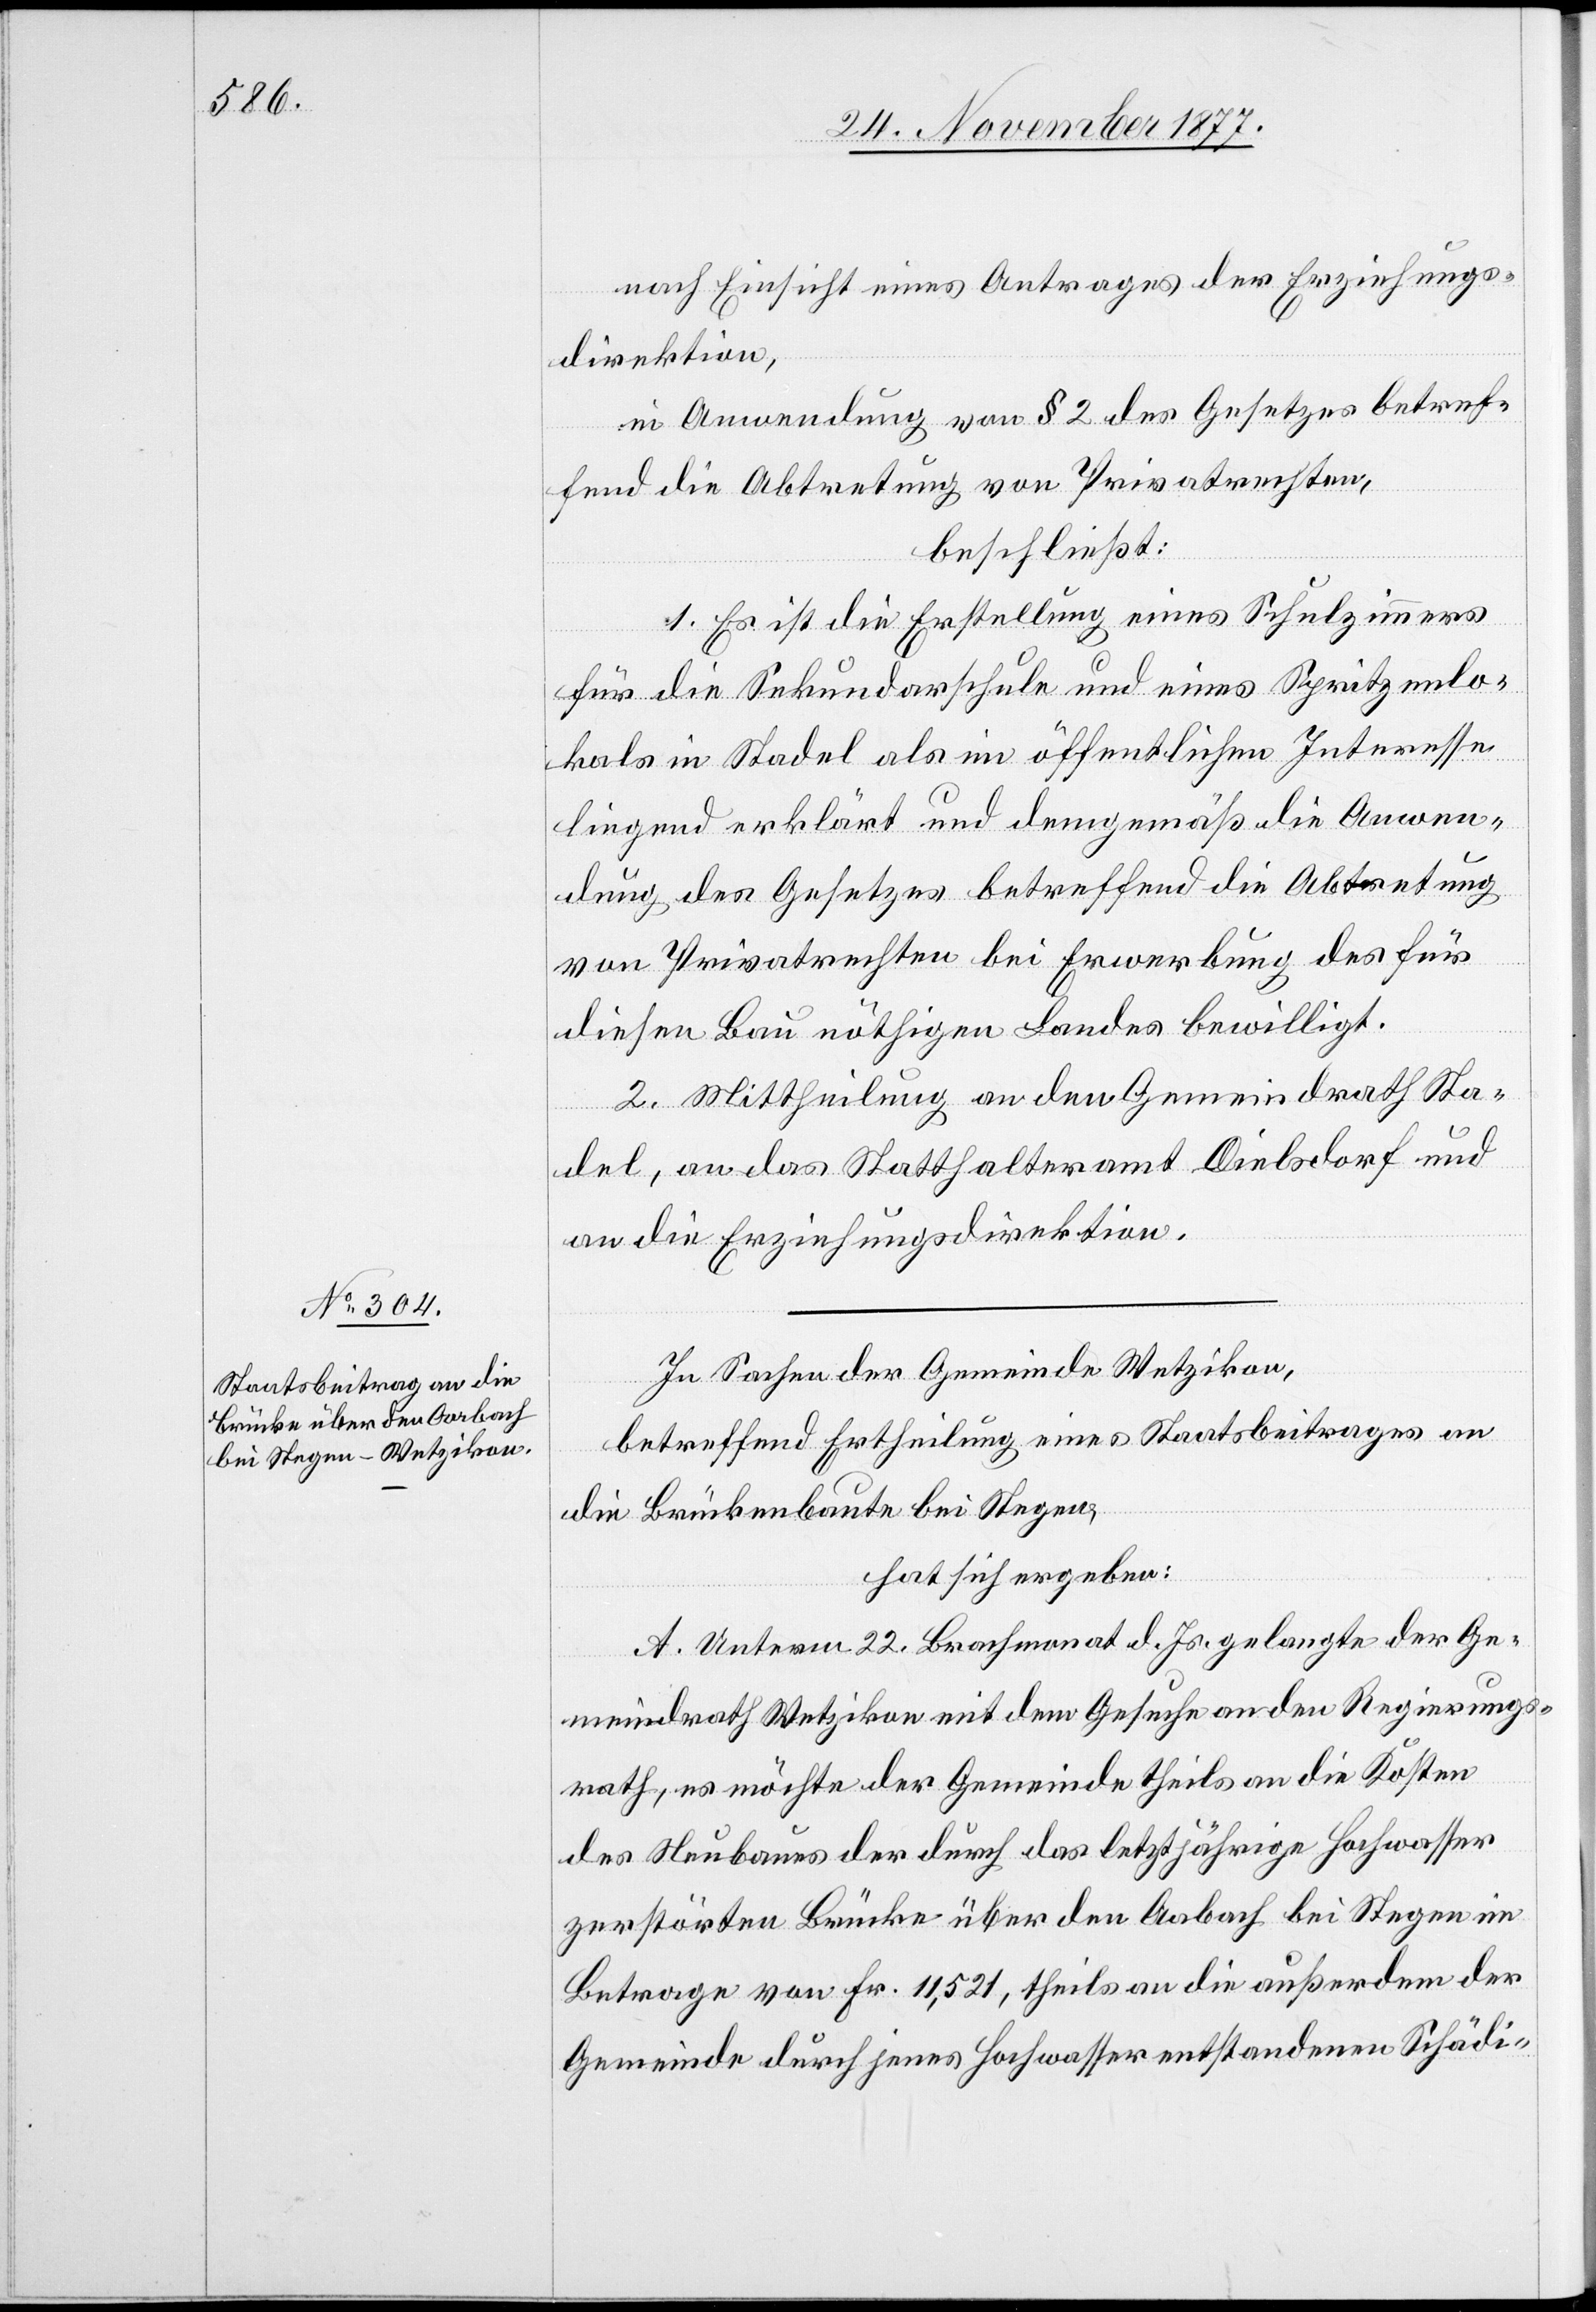
nach Einsicht eines Antrages der Erziehungs¬
direktion,
in Anwendung von § 2 des Gesetzes betref¬
fend die Abtretung von Privatrechten,
beschließt:
1. Es ist die Erstellung eines Schulzimmers
für die Sekundarschule und eines Spritzenlo¬
kals in Stadel als im öffentlichen Interesse
liegend erklärt und demgemäß die Anwen¬
dung des Gesetzes betreffend die Abtretung
von Privatrechten bei Erwerbung des für
diesen Bau nöthigen Landes bewilligt.
2. Mittheilung an den Gemeindrath Sta¬
del, an das Statthalteramt Dielsdorf und
an die Erziehungsdirektion.
In Sachen der Gemeinde Wetzikon,
betreffend Ertheilung eines Staatsbeitrages an
die Brückenbaute bei Stegen,
hat sich ergeben:
A. Unterm 22. Brachmonat d. Js. gelangte der Ge¬
meindrath Wetzikon mit dem Gesuche an den Regierungs¬
rath, es möchte der Gemeinde theils an die Kosten
des Neubaues der durch das letztjährige Hochwasser
zerstörten Brücke über den Aabach bei Stegen im
Betrage von Fr. 11,521, theils an die außerdem der
Gemeinde durch jenes Hochwasser entstandenen Schädi-